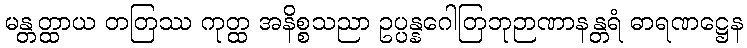
မန္တတ္ထာယ တတြဿ ကုတ္ထ အနိစ္စသညာ ဥပ္ပန္နဂေါတြဘုဉာဏာနန္တရံ ဓာရဏဋ္ဌေန